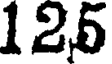
125